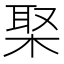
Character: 棸